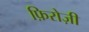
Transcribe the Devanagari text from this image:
फ़िरोज़ी